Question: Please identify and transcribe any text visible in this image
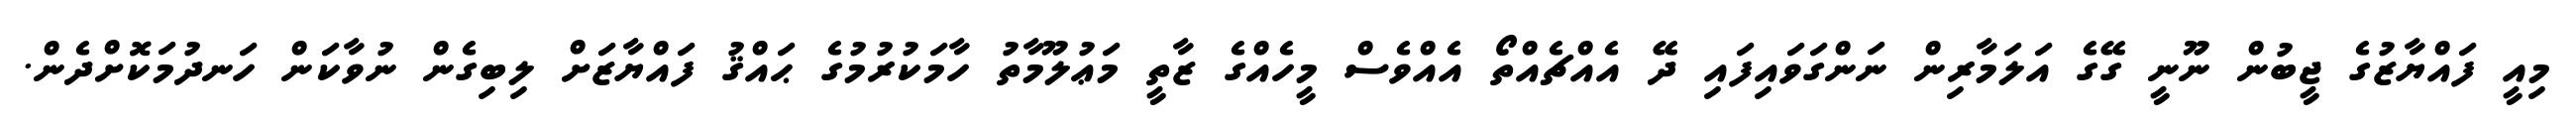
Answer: މިއީ ފައްޔާޒުގެ ޖީބުން ނޫނީ ގޭގެ އަލަމާރިން ނަންގަވައިފައި ދޭ އެއްޗެއްތޯ އެއްވެސް މީހެއްގެ ޒާތީ މަޢުލޫމާތު ހާމަކުރުމުގެ ޙައްޤު ފައްޔާޒަށް ލިބިގެން ނުވާކަން ހަނދުމަކޮށްދެން.